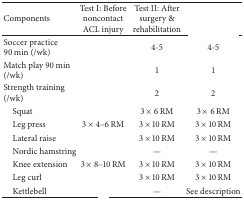
<table><thead><tr><td><b>Components</b></td><td><b>Test I: Before noncontact ACL injury</b></td><td><b>Test II: After surgery &amp; rehabilitation</b></td><td>[EMPTY_CELL]</td></tr></thead><tbody><tr><td>Soccer practice 90 min (/wk)</td><td>[EMPTY_CELL]</td><td>4-5</td><td>4-5</td></tr><tr><td>Match play 90 min (/wk)</td><td>[EMPTY_CELL]</td><td>1</td><td>1</td></tr><tr><td>Strength training (/wk)</td><td>[EMPTY_CELL]</td><td>2</td><td>2</td></tr><tr><td> Squat</td><td>[EMPTY_CELL]</td><td>3 × 6 RM</td><td>3 × 6 RM</td></tr><tr><td> Leg press</td><td>3 × 4–6 RM</td><td>3 × 10 RM</td><td>3 × 10 RM</td></tr><tr><td> Lateral raise</td><td>[EMPTY_CELL]</td><td>3 × 10 RM</td><td>3 × 10 RM</td></tr><tr><td> Nordic hamstring</td><td>[EMPTY_CELL]</td><td>—</td><td>—</td></tr><tr><td> Knee extension</td><td>3 × 8–10 RM</td><td>3 × 10 RM</td><td>3 × 10 RM</td></tr><tr><td> Leg curl</td><td>[EMPTY_CELL]</td><td>3 × 10 RM</td><td>3 × 10 RM</td></tr><tr><td> Kettlebell</td><td>[EMPTY_CELL]</td><td>—</td><td>See description</td></tr></tbody></table>